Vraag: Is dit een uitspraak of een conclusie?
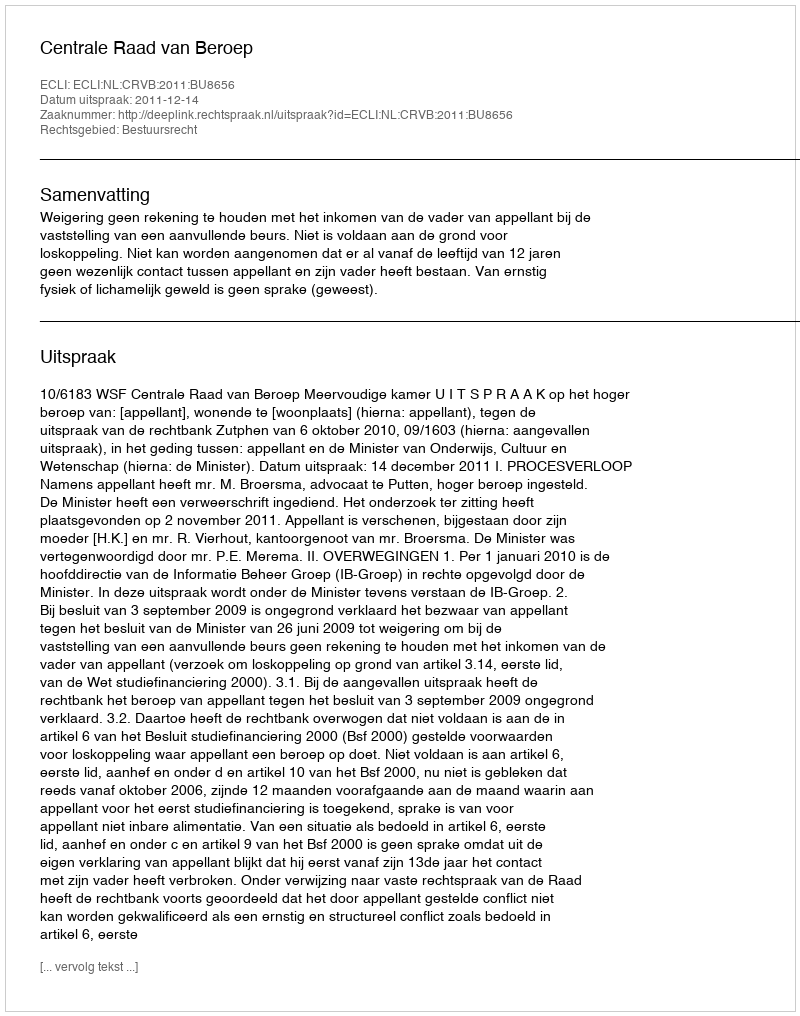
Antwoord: Uitspraak